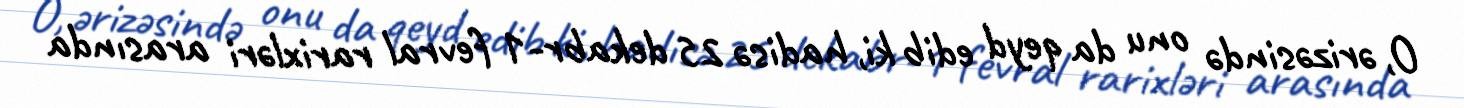
O, ərizəsində onu da qeyd edib ki, hadisə 25 dekabr-1 fevral rarixləri arasında